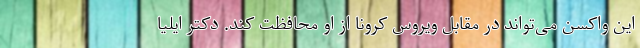
این واکسن می‌تواند در مقابل ویروسِ کرونا از او محافظت کند. دکتر ایلیا